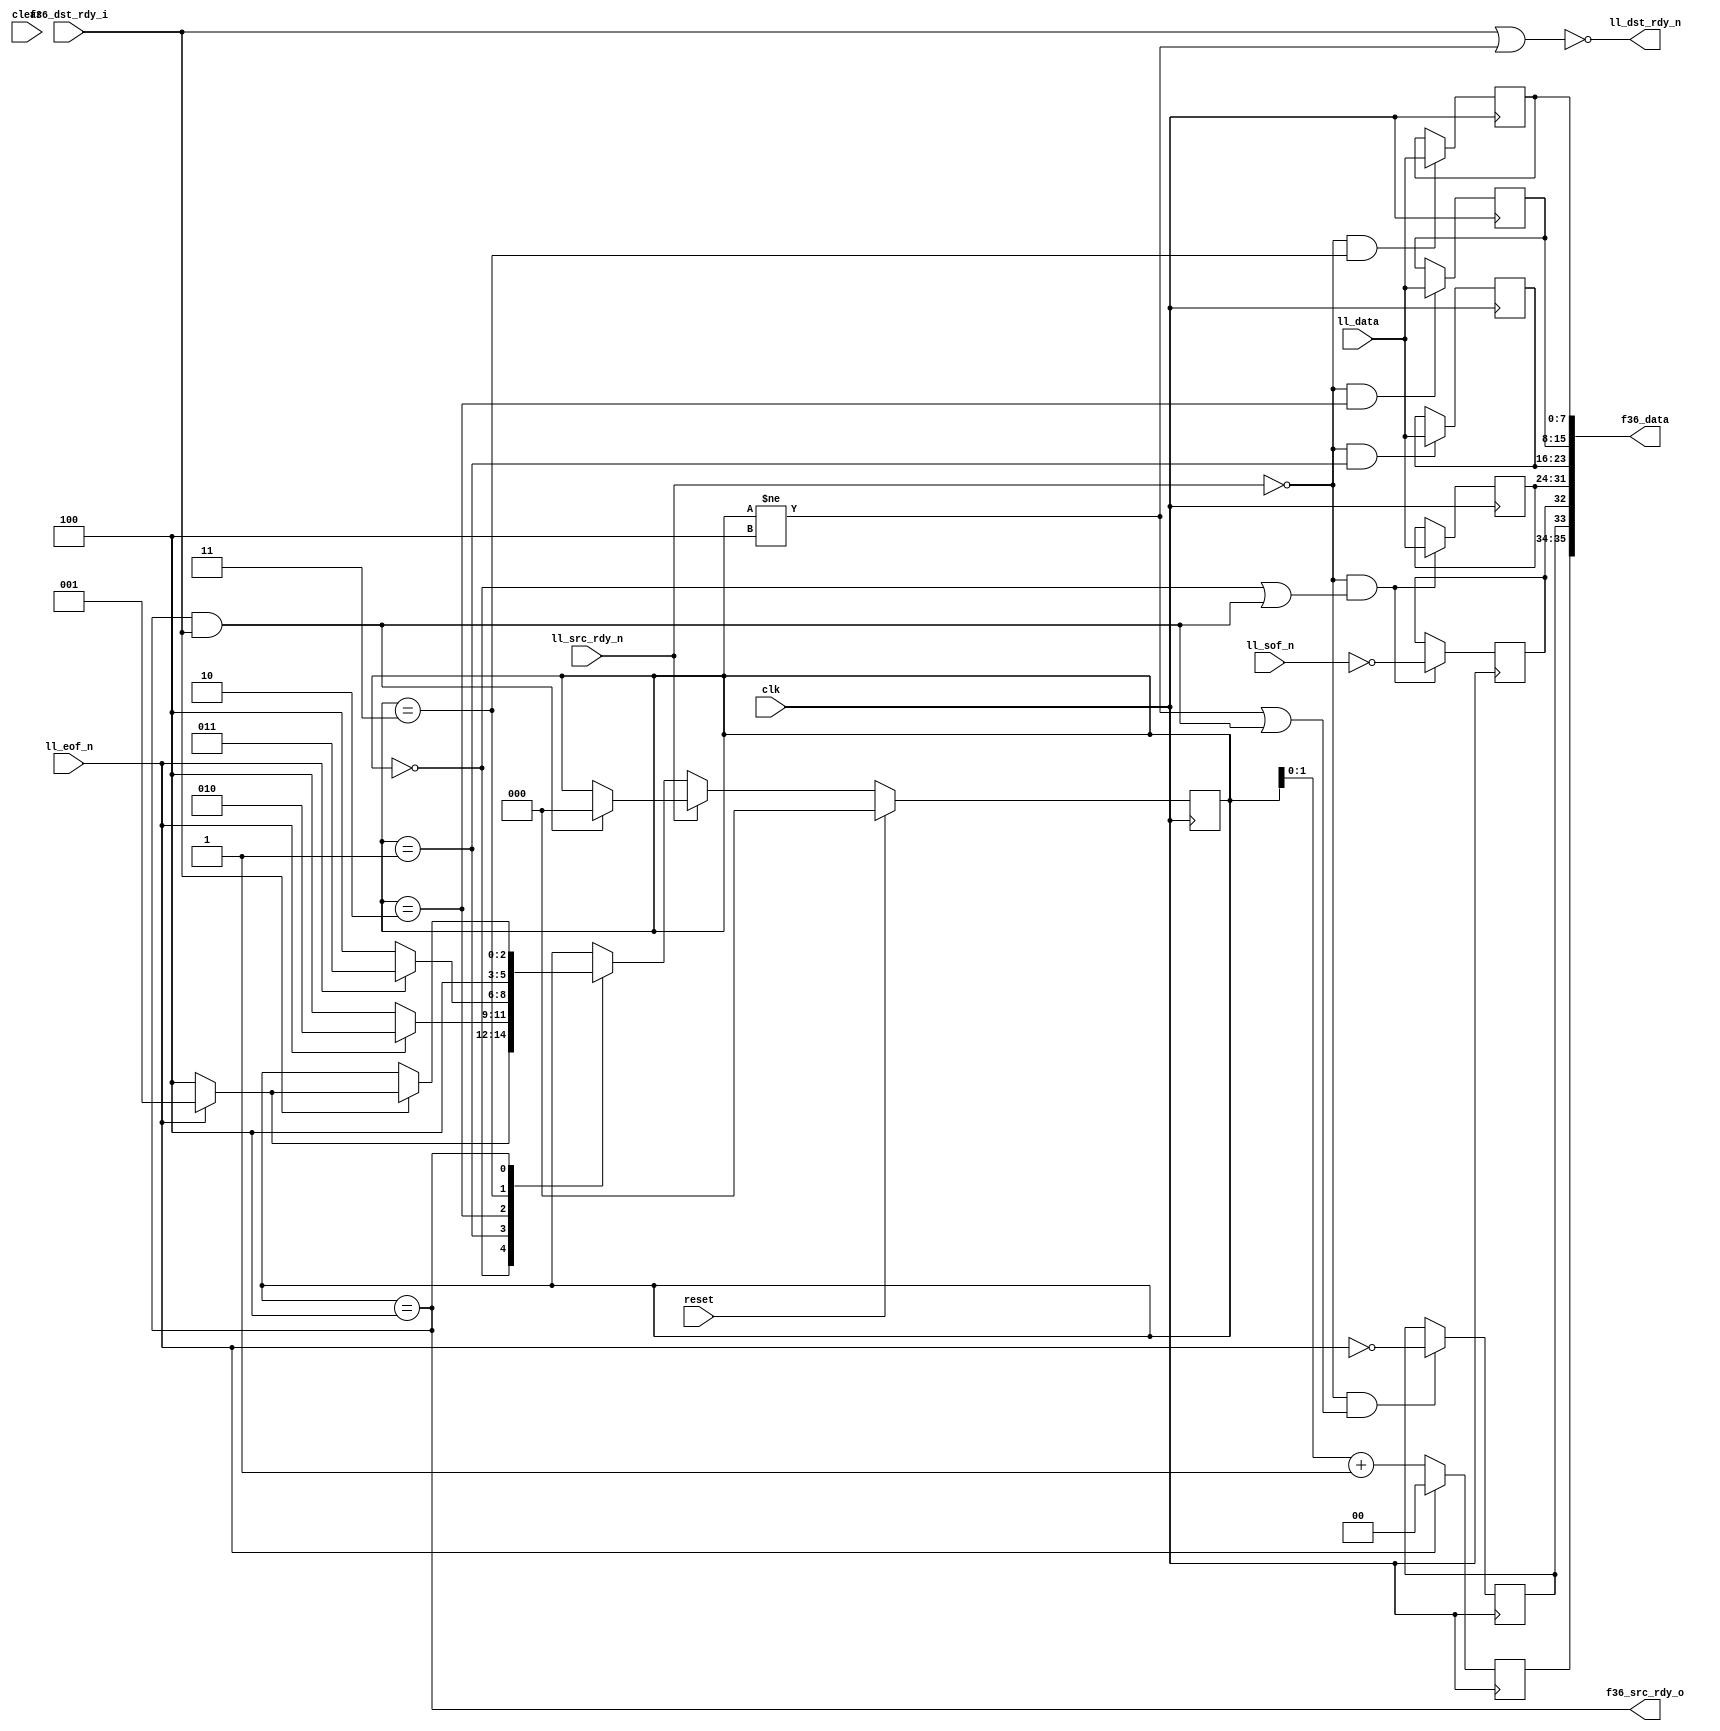
module ll8_to_fifo36
  (input clk, input reset, input clear,
   input [7:0] ll_data,
   input ll_sof_n,
   input ll_eof_n,
   input ll_src_rdy_n,
   output ll_dst_rdy_n,
   output [35:0] f36_data,
   output f36_src_rdy_o,
   input f36_dst_rdy_i );
   wire f36_write    = f36_src_rdy_o & f36_dst_rdy_i;
   wire  ll_sof      = ~ll_sof_n;
   wire  ll_eof      = ~ll_eof_n;
   wire  ll_src_rdy  = ~ll_src_rdy_n;
   wire  ll_dst_rdy;
   assign    ll_dst_rdy_n = ~ll_dst_rdy;
   reg 	 f36_sof, f36_eof;
   reg [1:0] f36_occ;
   reg [2:0] state;
   reg [7:0] dat0, dat1, dat2, dat3;
   always @(posedge clk)
     if(ll_src_rdy & ((state==0)|f36_write))
       f36_sof <= ll_sof;
   always @(posedge clk)
     if(ll_src_rdy & ((state !=4)|f36_write))
       f36_eof <= ll_eof;
   always @(posedge clk)
     if(ll_eof)
       f36_occ <= state[1:0] + 1;
     else
       f36_occ <= 0;
   always @(posedge clk)
     if(reset)
       state   <= 0;
     else
       if(ll_src_rdy)
	 case(state)
	   0 : 
	     if(ll_eof)
	       state <= 4;
	     else
	       state <= 1;
	   1 : 
	     if(ll_eof)
	       state <= 4;
	     else
	       state <= 2;
	   2 : 
	     if(ll_eof)
	       state <= 4;
	     else 
	       state <= 3;
	   3 : state <= 4;
	   4 : 
	     if(f36_dst_rdy_i)
	       if(ll_eof)
		 state 	   <= 4;
	       else
		 state 	   <= 1;
	 endcase 
       else
	 if(f36_write)
	   state 	   <= 0;
   always @(posedge clk)
     if(ll_src_rdy & (state==3))
       dat3 		   <= ll_data;
   always @(posedge clk)
     if(ll_src_rdy & (state==2))
       dat2 		   <= ll_data;
   always @(posedge clk)
     if(ll_src_rdy & (state==1))
       dat1 		   <= ll_data;
   always @(posedge clk)
     if(ll_src_rdy & ((state==0) | f36_write))
       dat0 		   <= ll_data;
   assign    ll_dst_rdy     = f36_dst_rdy_i | (state != 4);
   assign    f36_data 	    = {f36_occ,f36_eof,f36_sof,dat0,dat1,dat2,dat3};  
   assign    f36_src_rdy_o  = (state == 4);
endmodule